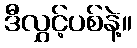
ဒီလွှင့်ပစ်နဲ့။